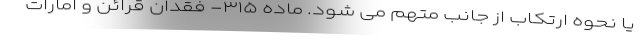
یا نحوه ارتکاب از جانب متهم می شود. ماده ۳۱۵- فقدان قرائن و امارات